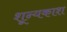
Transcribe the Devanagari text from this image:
शून्यकाश